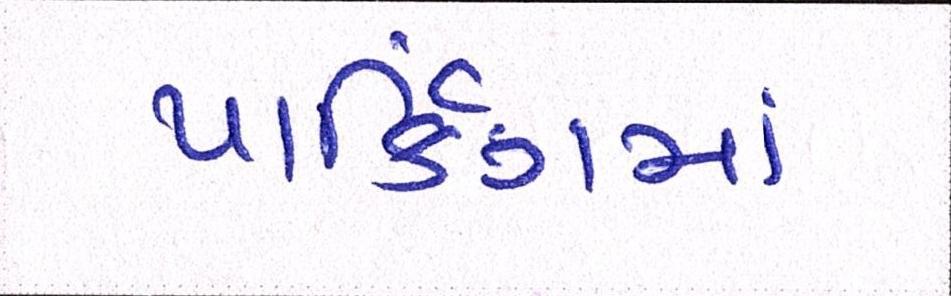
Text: પાર્કિંગમાં